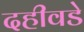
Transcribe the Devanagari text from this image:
दहीवडे